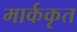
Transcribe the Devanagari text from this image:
मार्ककृत